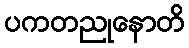
ပကတညုနောတိ